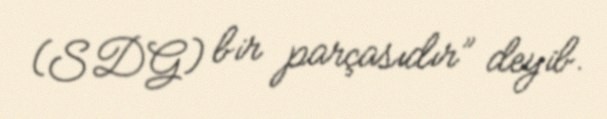
(SDG) bir parçasıdır” deyib.